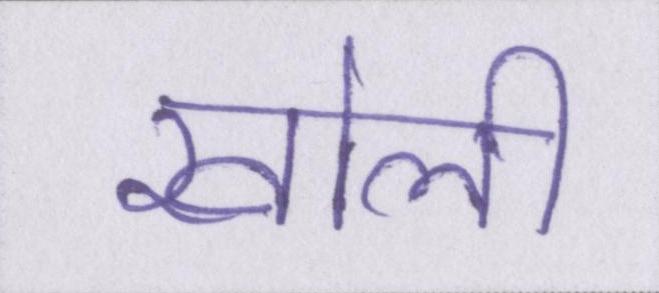
खोली